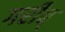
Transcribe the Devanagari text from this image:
गरीब्